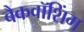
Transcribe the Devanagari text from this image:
बैकवॉशिंग